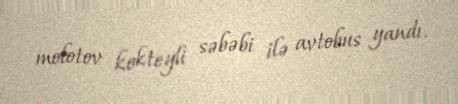
molotov kokteyli səbəbi ilə avtobus yandı.